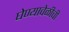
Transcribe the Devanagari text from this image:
घेण्यावेळीची